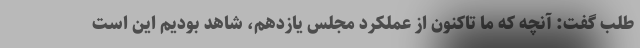
طلب گفت: آنچه که ما تاکنون از عملکرد مجلس یازدهم، شاهد بودیم این است